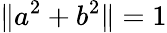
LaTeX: \| a^{2}+b^{2}\| =1